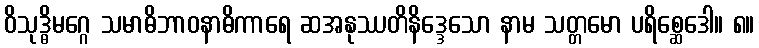
ဝိသုဒ္ဓိမဂ္ဂေ သမာဓိဘာဝနာဓိကာရေ ဆအနုဿတိနိဒ္ဒေသော နာမ သတ္တမော ပရိစ္ဆေဒေါ။ ၈။